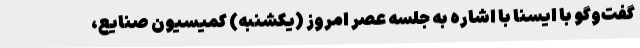
گفت‌وگو با ایسنا با اشاره به جلسه عصر امروز (یکشنبه) کمیسیون صنایع،